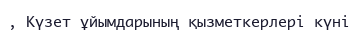
, Күзет ұйымдарының қызметкерлері күні